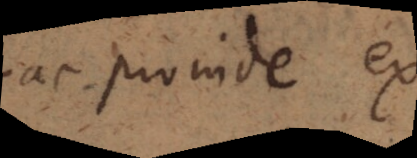
ac provide ex